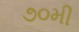
૭૦મી